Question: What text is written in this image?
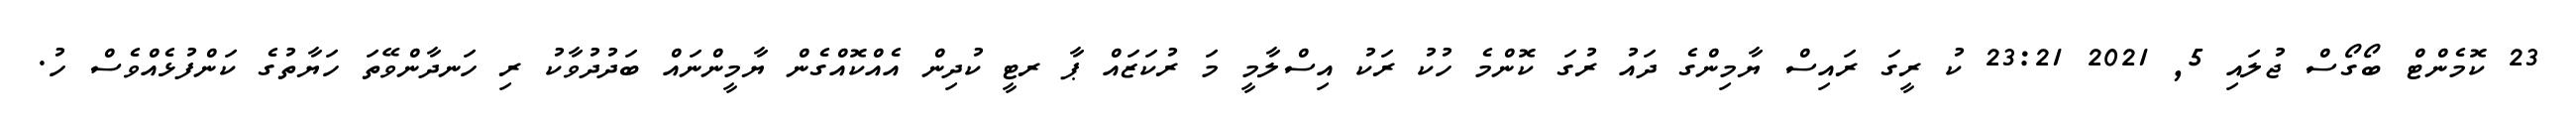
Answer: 23 ކޮމެންޓް ބޯގޯސް ޖުލައި 5, 2021 23:21 ކު ރީގަ ރައިސް ޔާމިންގެ ދައު ރުގަ ކޮންމެ ހުކު ރަކު އިސްލާމީ މަ ރުކަޒައް ޕާ ރޓީ ކުދިން އެއްކޮއްގެން ޔާމީންނައް ބަދުދުވާކު ރި ހަނދާންވޭތަ ހަޔާތުގެ ކަންފުޅެއްވެސް ހު.